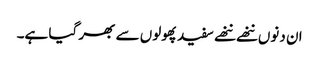
ان دنوں ننھے ننھے سفیدپھولوں سے بھر گیا ہے۔